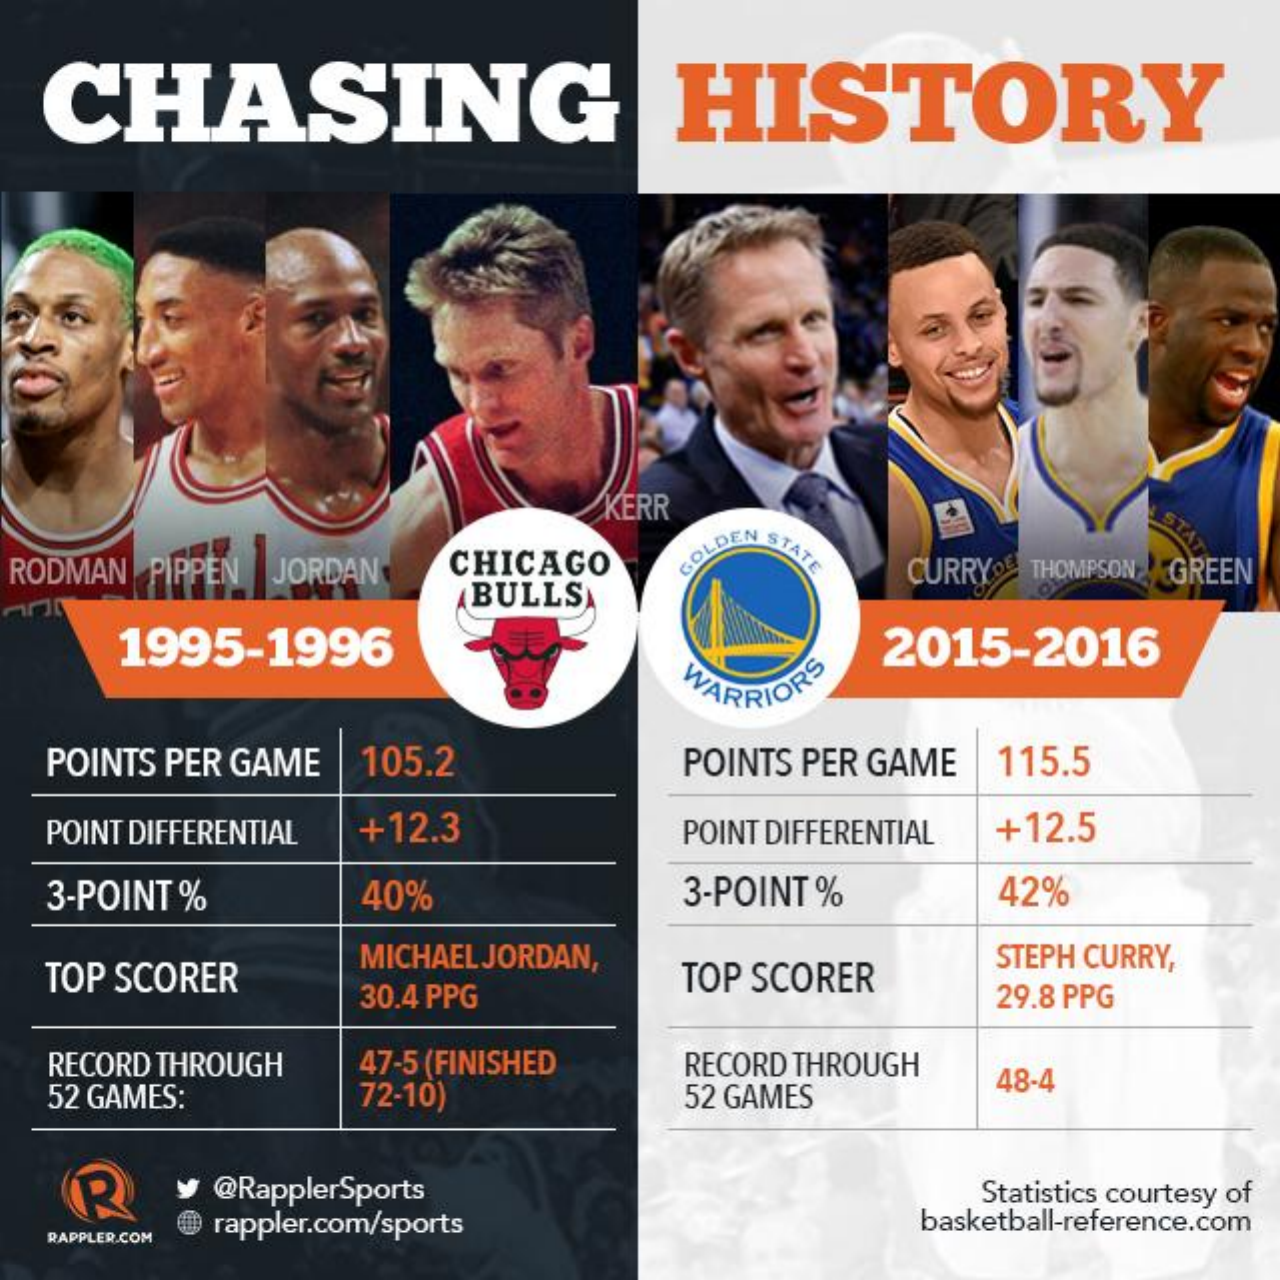
CHASING    HISTORY
     KERR
     STAT
  RODMAN PIPPEN JORDAN CHICAGO GOLDEN STATE
     BULLS
     CURRYDE THOMPSON GREEN
     1995-1996
     WARRIORS
     2015-2016
  POINTS PER GAME 105.2    POINTS PER GAME 115.5
  POINT DIFFERENTIAL +12.3   POINT DIFFERENTIAL +12.5
  3-POINT %    40%    3-POINT %    42%
  TOP SCORER
     MICHAEL JORDAN,
     30.4 PPG
     TOP SCORER
     STEPH CURRY,
     29.8 PPG
  RECORD THROUGH 47-5 (FINISHED
  52 GAMES:    72-10)
     RECORD THROUGH
     52 GAMES
     48-4
    R   y @RapplerSports    Statistics courtesy of
     @ rappler.com/sports    basketball-reference.com
  RAPPLER.COM